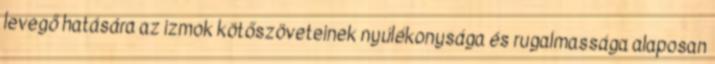
levegő hatására az izmok kötőszöveteinek nyúlékonysága és rugalmassága alaposan